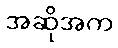
အဆိုအက